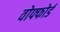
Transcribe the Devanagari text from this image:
वोफ्फोर्ड